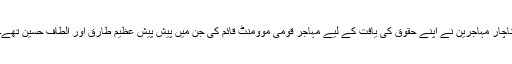
ناچار مہاجرین نے اپنے حقوق کی یافت کے لیے مہاجر قومی موومنٹ قائم کی جن میں پیش پیش عظیم طارق اور الطاف حسین تھے۔